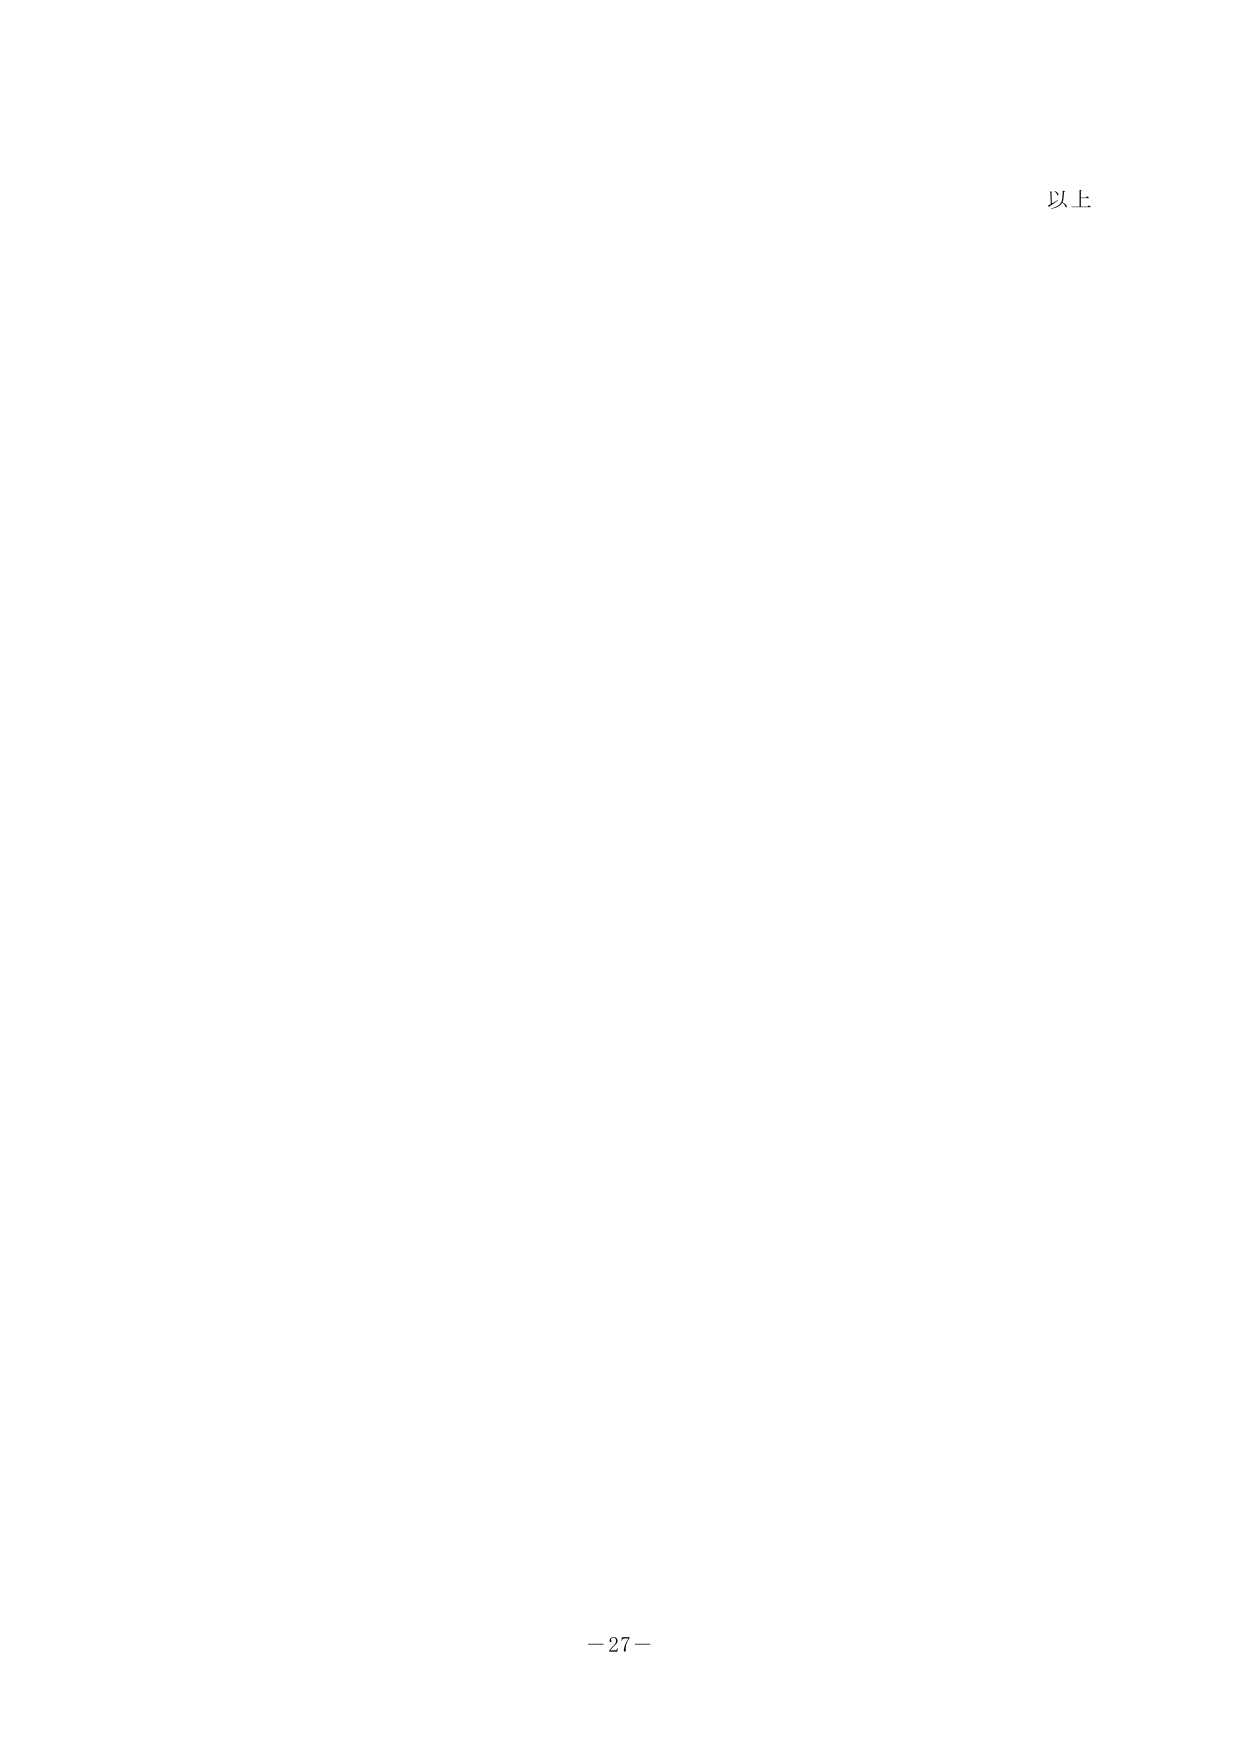
以上

－27－